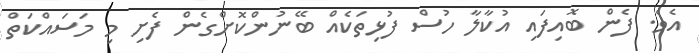
އެވެ. ފެން ބޮއިފައި އުކާލާ ހުސް ފުޅިތަކެއް ބޭނުންކޮށްގެން ފެށި މި މަސައްކަތް